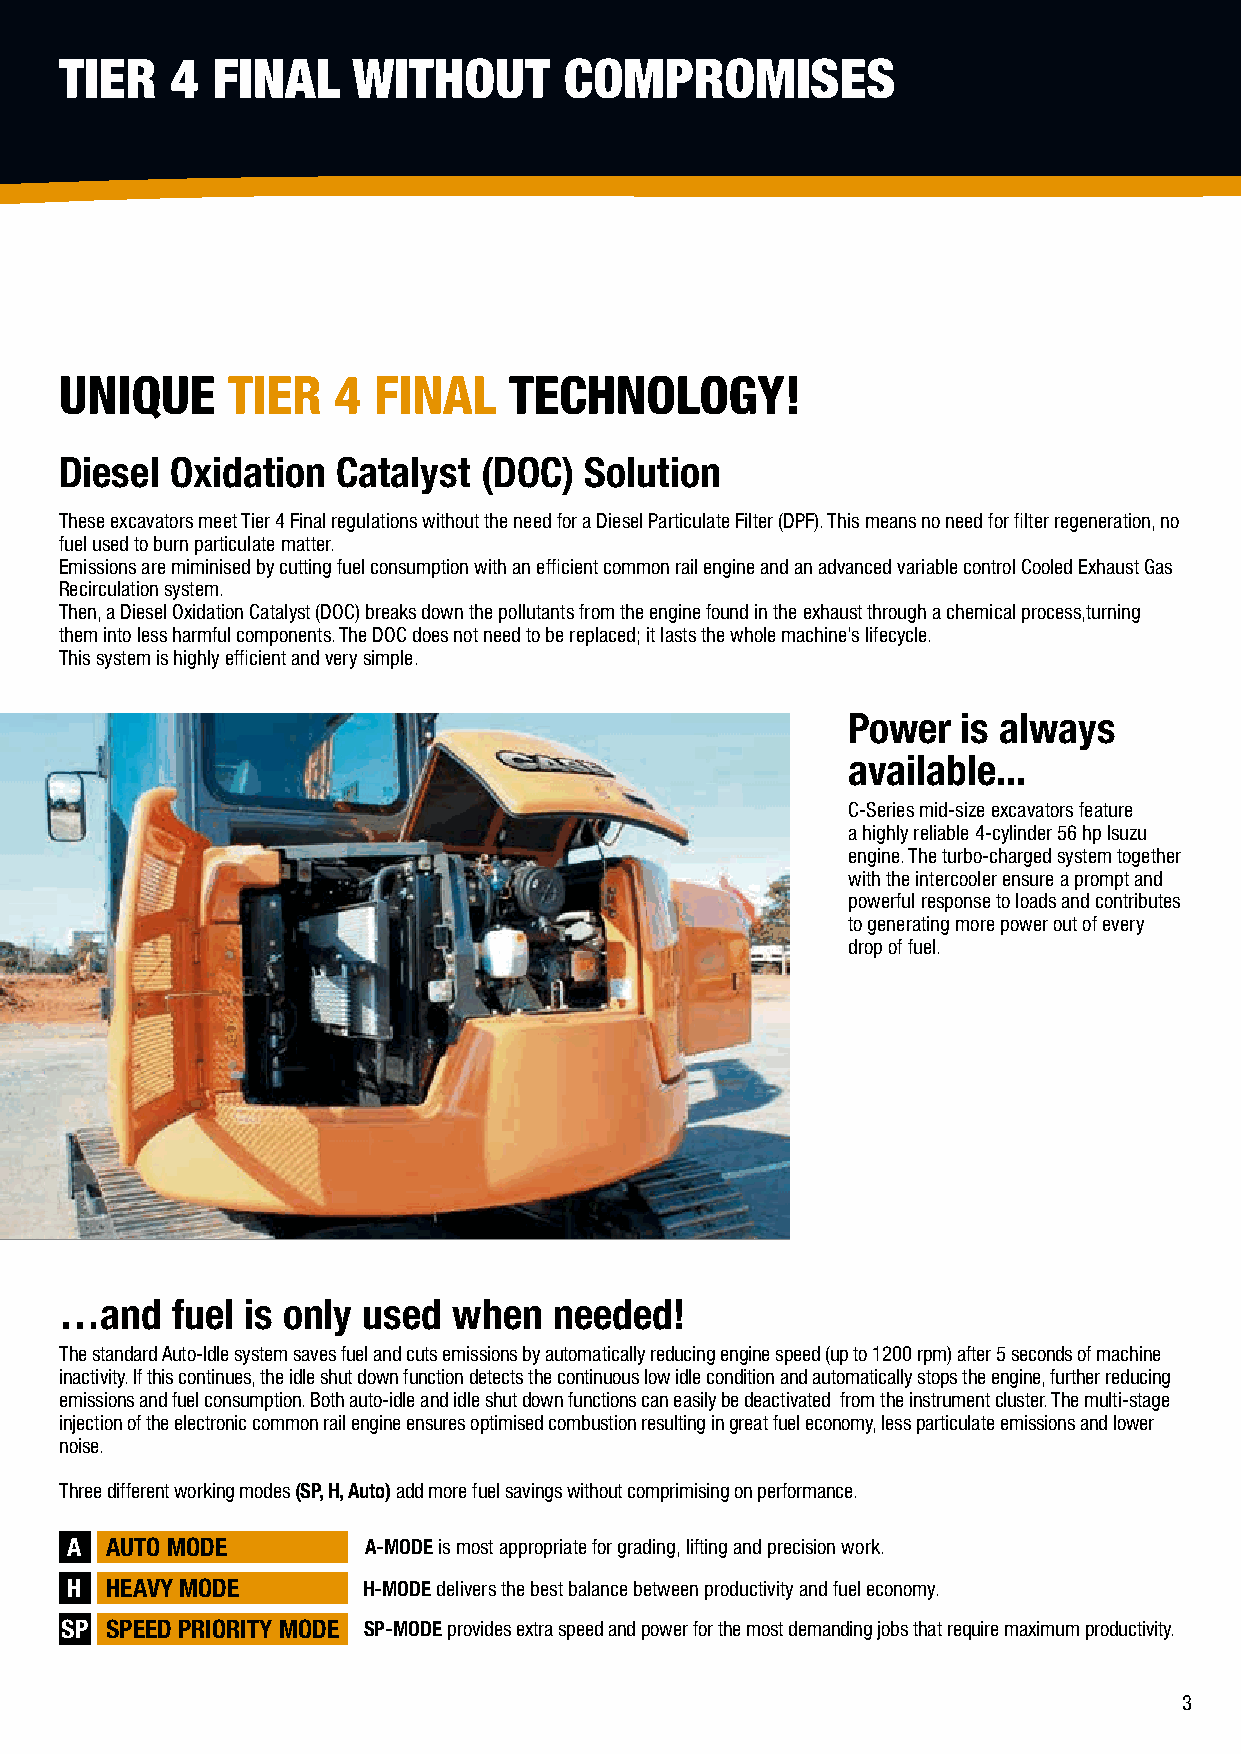
TIER   4  FINAL    WITHOUT       COMPROMISES
 UNIQUE     TIER   4  FINAL    TECHNOLOGY!
 Diesel Oxidation  Catalyst  (DOC)  Solution
 These excavators meet Tier 4 Final regulations without the need for a Diesel Particulate Filter (DPF). This means no need for filter regeneration, no
 fuel used to burn particulate matter.
 Emissions are miminised by cutting fuel consumption with an efficient common rail engine and an advanced variable control Cooled Exhaust Gas
 Recirculation system.
 Then, a Diesel Oxidation Catalyst (DOC) breaks down the pollutants from the engine found in the exhaust through a chemical process,turning
 them into less harmful components. The DOC does not need to be replaced; it lasts the whole machine’s lifecycle.
 This system is highly efficient and very simple.
 Power   is always
 available...
 C-Series mid-size excavators feature
 a highly reliable 4-cylinder 56 hp Isuzu
 engine. The turbo-charged system together
 with the intercooler ensure a prompt and
 powerful response to loads and contributes
 to generating more power out of every
 drop of fuel.
 …and   fuel is only used  when   needed!
 The standard Auto-Idle system saves fuel and cuts emissions by automatically reducing engine speed (up to 1200 rpm) after 5 seconds of machine
 inactivity. If this continues, the idle shut down function detects the continuous low idle condition and automatically stops the engine, further reducing
 emissions and fuel consumption. Both auto-idle and idle shut down functions can easily be deactivated from the instrument cluster. The multi-stage
 injection of the electronic common rail engine ensures optimised combustion resulting in great fuel economy, less particulate emissions and lower
 noise.
 Three different working modes (SP, H, Auto) add more fuel savings without comprimising on performance.
 A  AUTO MODE        A-MODE is most appropriate for grading, lifting and precision work.
 H  HEAVY MODE       H-MODE delivers the best balance between productivity and fuel economy.
 SP SPEED PRIORITY MODE SP-MODE provides extra speed and power for the most demanding jobs that require maximum productivity.
 3